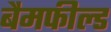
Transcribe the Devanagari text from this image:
बैमफील्ड